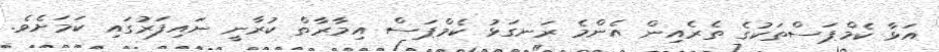
އަޅާ ކެމްޕަސްތަކުގެ ތެރެއިން އެންމެ ރަނގަޅު ކެމްޕަސް އިމާރާތް ކުރާނީ ނައިފަރުގައި ކަމަށެވެ.